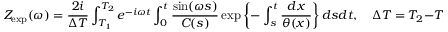
Z _ { \mathrm { e x p } } ( \omega ) = \frac { 2 i } { \Delta T } \int _ { T _ { 1 } } ^ { T _ { 2 } } e ^ { - i \omega t } \int _ { 0 } ^ { t } \frac { \sin ( \omega s ) } { C ( s ) } \exp \left\{ - \int _ { s } ^ { t } \frac { d x } { \theta ( x ) } \right\} d s d t , \quad \Delta T = T _ { 2 } - T _ { 1 } .